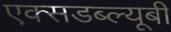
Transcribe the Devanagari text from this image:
एक्सडब्ल्यूबी